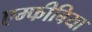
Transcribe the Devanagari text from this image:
एम्‍फीबिया